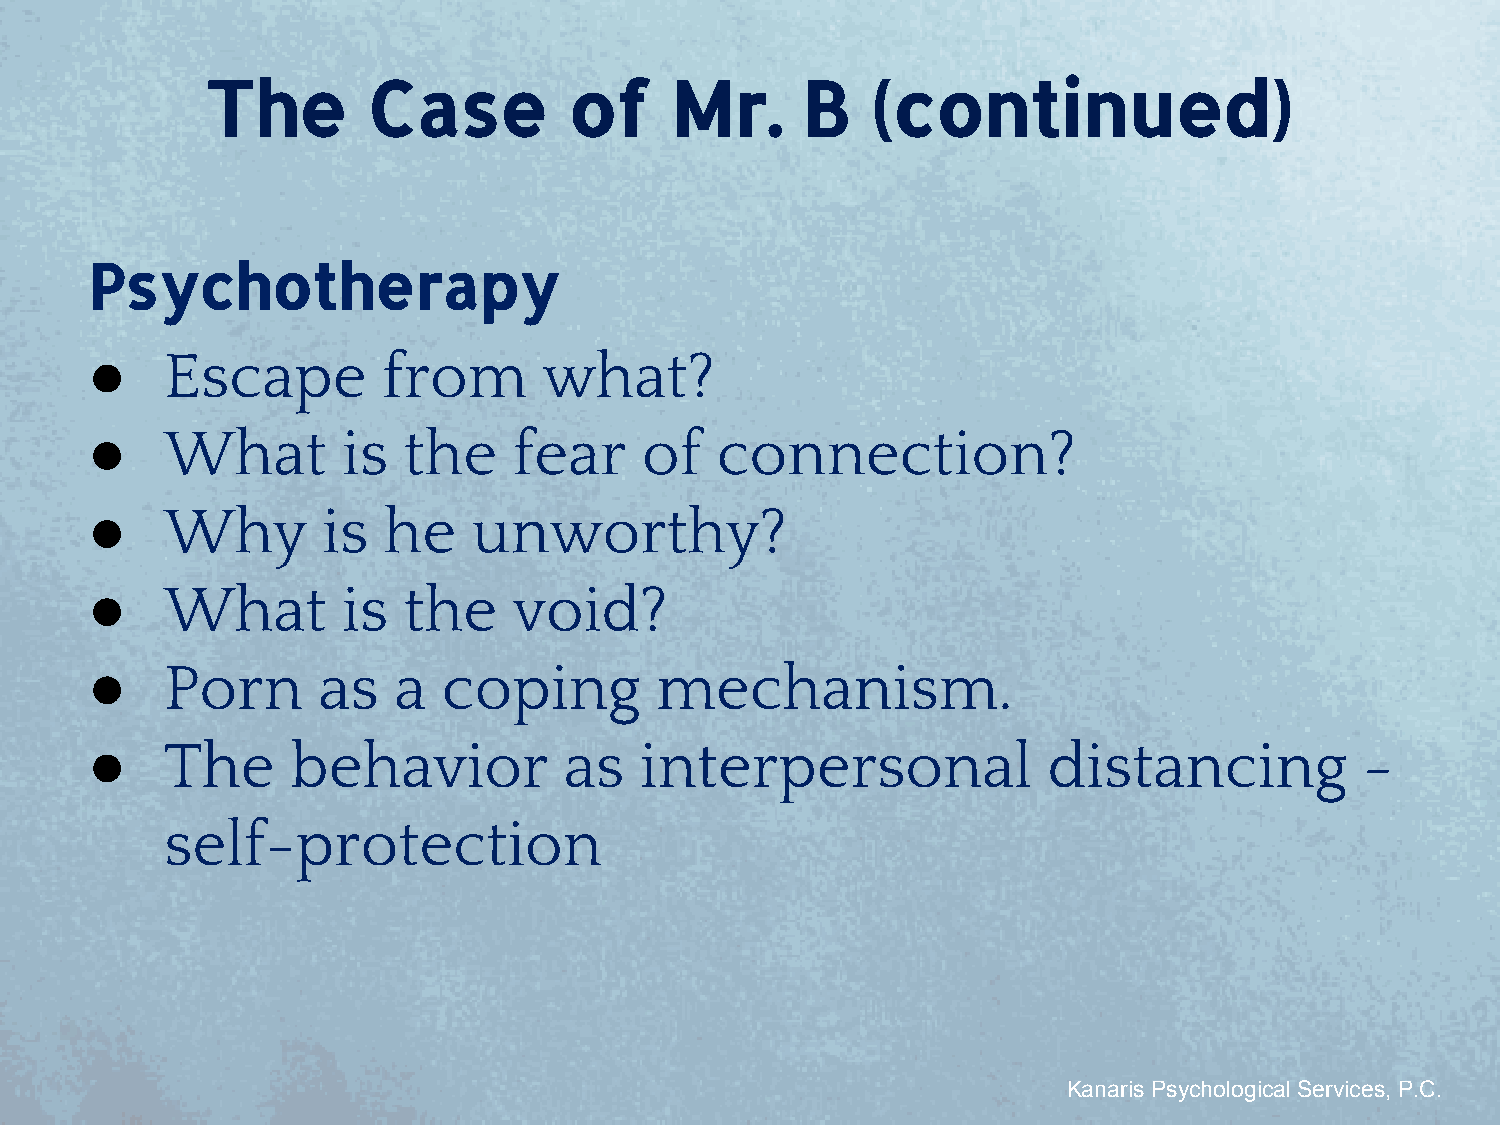
The       Case          of    Mr.      B    (continued)
 Psychotherapy
 ●    Escape        from       what?
 ●    What        is  the    fear     of  connection?
 ●    Why       is  he    unworthy?
 ●    What        is  the    void?
 ●    Porn      as   a  coping        mechanism.
 ●    The     behavior          as   interpersonal              distancing           -
 self-protection
 Kanaris Psychological Services, P.C.